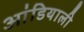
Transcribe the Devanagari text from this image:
आंडियाली